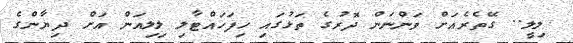
ލިލީ.. ގޭތެރެއަށް ވަންނަން ދޮރުގެ ތަޅުގައި ހިފަހައްޓާލި ލިލިއަން އަށް ދިޔާންގެ